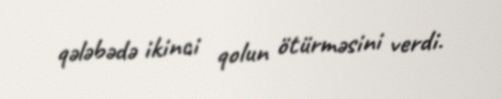
qələbədə ikinci qolun ötürməsini verdi.